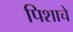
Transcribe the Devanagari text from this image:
पिशाचे